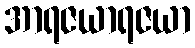
အာရဇယာရဇယာ